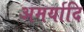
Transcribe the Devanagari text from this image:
अमर्यादि